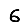
Digit: 6